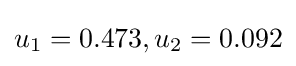
u_{1}=0.473,u_{2}=0.092